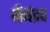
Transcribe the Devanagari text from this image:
वीर्यद्रव